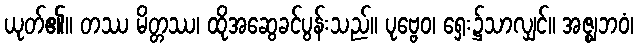
ယုတ်၏။ တဿ မိတ္တဿ၊ ထိုအဆွေခင်ပွန်းသည်။ ပုဗ္ဗေဝ၊ ရှေး၌သာလျှင်။ အဇ္ဈဘဝံ၊